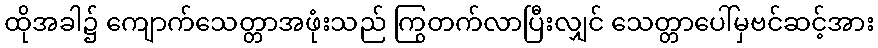
ထိုအခါ၌ ကျောက်သေတ္တာအဖုံးသည် ကြွတက်လာပြီးလျှင် သေတ္တာပေါ်မှဗင်ဆင့်အား